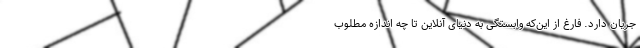
جریان دارد. فارغ از این‌که وابستگی به دنیای آنلاین تا چه اندازه مطلوب